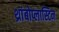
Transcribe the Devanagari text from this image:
थ्रांबोप्लास्टिन